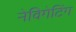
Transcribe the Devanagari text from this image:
नेविगेटिंग